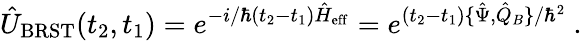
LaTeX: \hat{U}_{\mathrm{BRST}}(t_{2},t_{1})=e^{-i/\hbar(t_{2}-t_{1})\hat{H}_{\mathrm{eff}}}=e^{(t_{2}-t_{1})\{ \hat{\Psi},\hat{Q}_{B}\} /\hbar^{2}}\ .